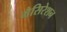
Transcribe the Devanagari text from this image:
मैसिरेशन